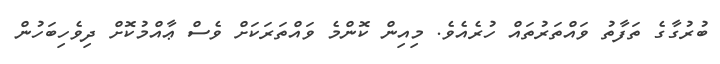
ބުރުގާގެ ތަފާތު ވައްތަރުތައް ހުރެއެވެ. މިއިން ކޮންމެ ވައްތަރަކަށް ވެސް ޢާއްމުކޮށް ދިވެހިބަހުން